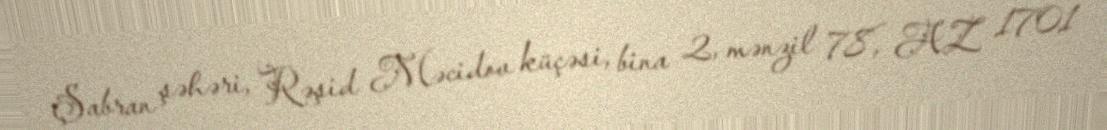
Şabran şəhəri, Rəşid Məcidov küçəsi, bina 2, mənzil 78, AZ 1701